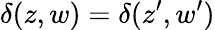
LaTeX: {\delta(z,w)=\delta(z^{\prime},w^{\prime})}